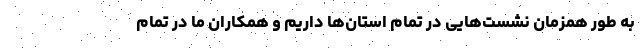
به طور همزمان نشست‌هایی در تمام استان‌ها داریم و همکاران ما در تمام